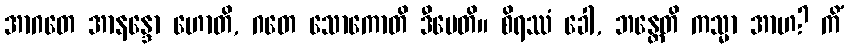
အာဂတေ အာနန္ဒော ဟောတိ, ဂတေ သောကောတိ ဒီပေတိ။ စိရဿံ ခေါ, ဘန္တေတိ ကသ္မာ အာဟ? ကိံ